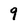
Character: 9